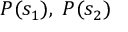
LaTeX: P ( s _ { 1 } ) , \; P ( s _ { 2 } )